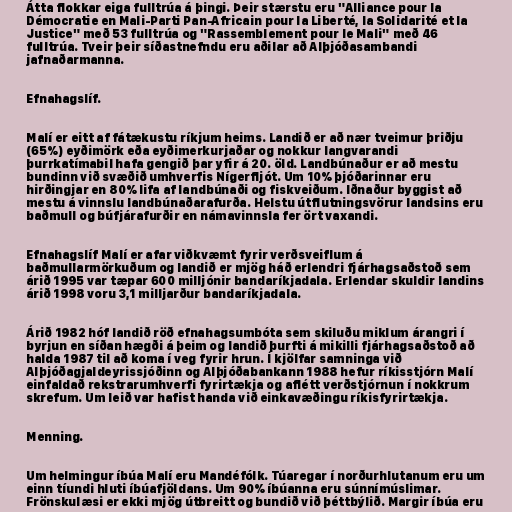
Átta flokkar eiga fulltrúa á þingi. Þeir stærstu eru "Alliance pour la
Démocratie en Mali-Parti Pan-Africain pour la Liberté, la Solidarité et la
Justice" með 53 fulltrúa og "Rassemblement pour le Mali" með 46
fulltrúa. Tveir þeir síðastnefndu eru aðilar að Alþjóðasambandi
jafnaðarmanna.

Efnahagslíf.

Malí er eitt af fátækustu ríkjum heims. Landið er að nær tveimur þriðju
(65%) eyðimörk eða eyðimerkurjaðar og nokkur langvarandi
þurrkatímabil hafa gengið þar yfir á 20. öld. Landbúnaður er að mestu
bundinn við svæðið umhverfis Nígerfljót. Um 10% þjóðarinnar eru
hirðingjar en 80% lifa af landbúnaði og fiskveiðum. Iðnaður byggist að
mestu á vinnslu landbúnaðarafurða. Helstu útflutningsvörur landsins eru
baðmull og búfjárafurðir en námavinnsla fer ört vaxandi.

Efnahagslíf Malí er afar viðkvæmt fyrir verðsveiflum á
baðmullarmörkuðum og landið er mjög háð erlendri fjárhagsaðstoð sem
árið 1995 var tæpar 600 milljónir bandaríkjadala. Erlendar skuldir landins
árið 1998 voru 3,1 milljarður bandaríkjadala.

Árið 1982 hóf landið röð efnahagsumbóta sem skiluðu miklum árangri í
byrjun en síðan hægði á þeim og landið þurfti á mikilli fjárhagsaðstoð að
halda 1987 til að koma í veg fyrir hrun. Í kjölfar samninga við
Alþjóðagjaldeyrissjóðinn og Alþjóðabankann 1988 hefur ríkisstjórn Malí
einfaldað rekstrarumhverfi fyrirtækja og aflétt verðstjórnun í nokkrum
skrefum. Um leið var hafist handa við einkavæðingu ríkisfyrirtækja.

Menning.

Um helmingur íbúa Malí eru Mandéfólk. Túaregar í norðurhlutanum eru um
einn tíundi hluti íbúafjöldans. Um 90% íbúanna eru súnnímúslimar.
Frönskulæsi er ekki mjög útbreitt og bundið við þéttbýlið. Margir íbúa eru